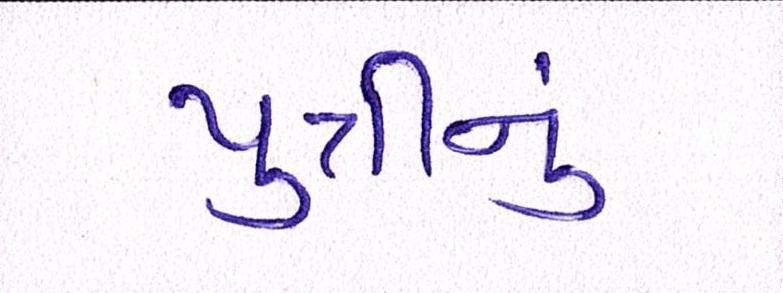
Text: પુત્રીનું